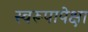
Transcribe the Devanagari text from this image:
स्वरूपापेक्षा